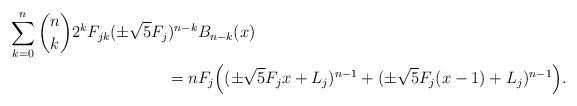
LaTeX: \begin{align*}\sum_{k=0}^n {n\choose k} 2^k F_{jk} (\pm \sqrt{5}F_j)^{n-k} &B_{n-k}(x) \\= n & F_j \Big ((\pm\sqrt{5}F_j x + L_{j} )^{n-1}+ (\pm\sqrt{5}F_j (x-1) + L_{j} )^{n-1}\Big ).\end{align*}